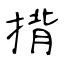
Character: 揹